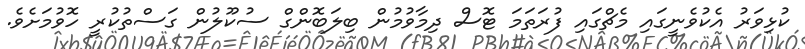
ކުޅިވަރު އެކުވެނީގައި މެޗްގައި ފުރަތަމަ ޓޮސް ދިމާވުމުން ބިލަބޮންގް ސުކޫލުން ގަސްތުކުރީ ހޮވުމަށެވެ.